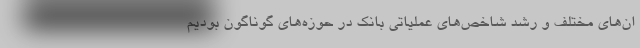
ان‌های مختلف و رشد شاخص‌های عملیاتی بانک در حوزه‌های گوناگون بودیم